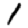
Digit: 1